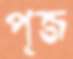
পূজ